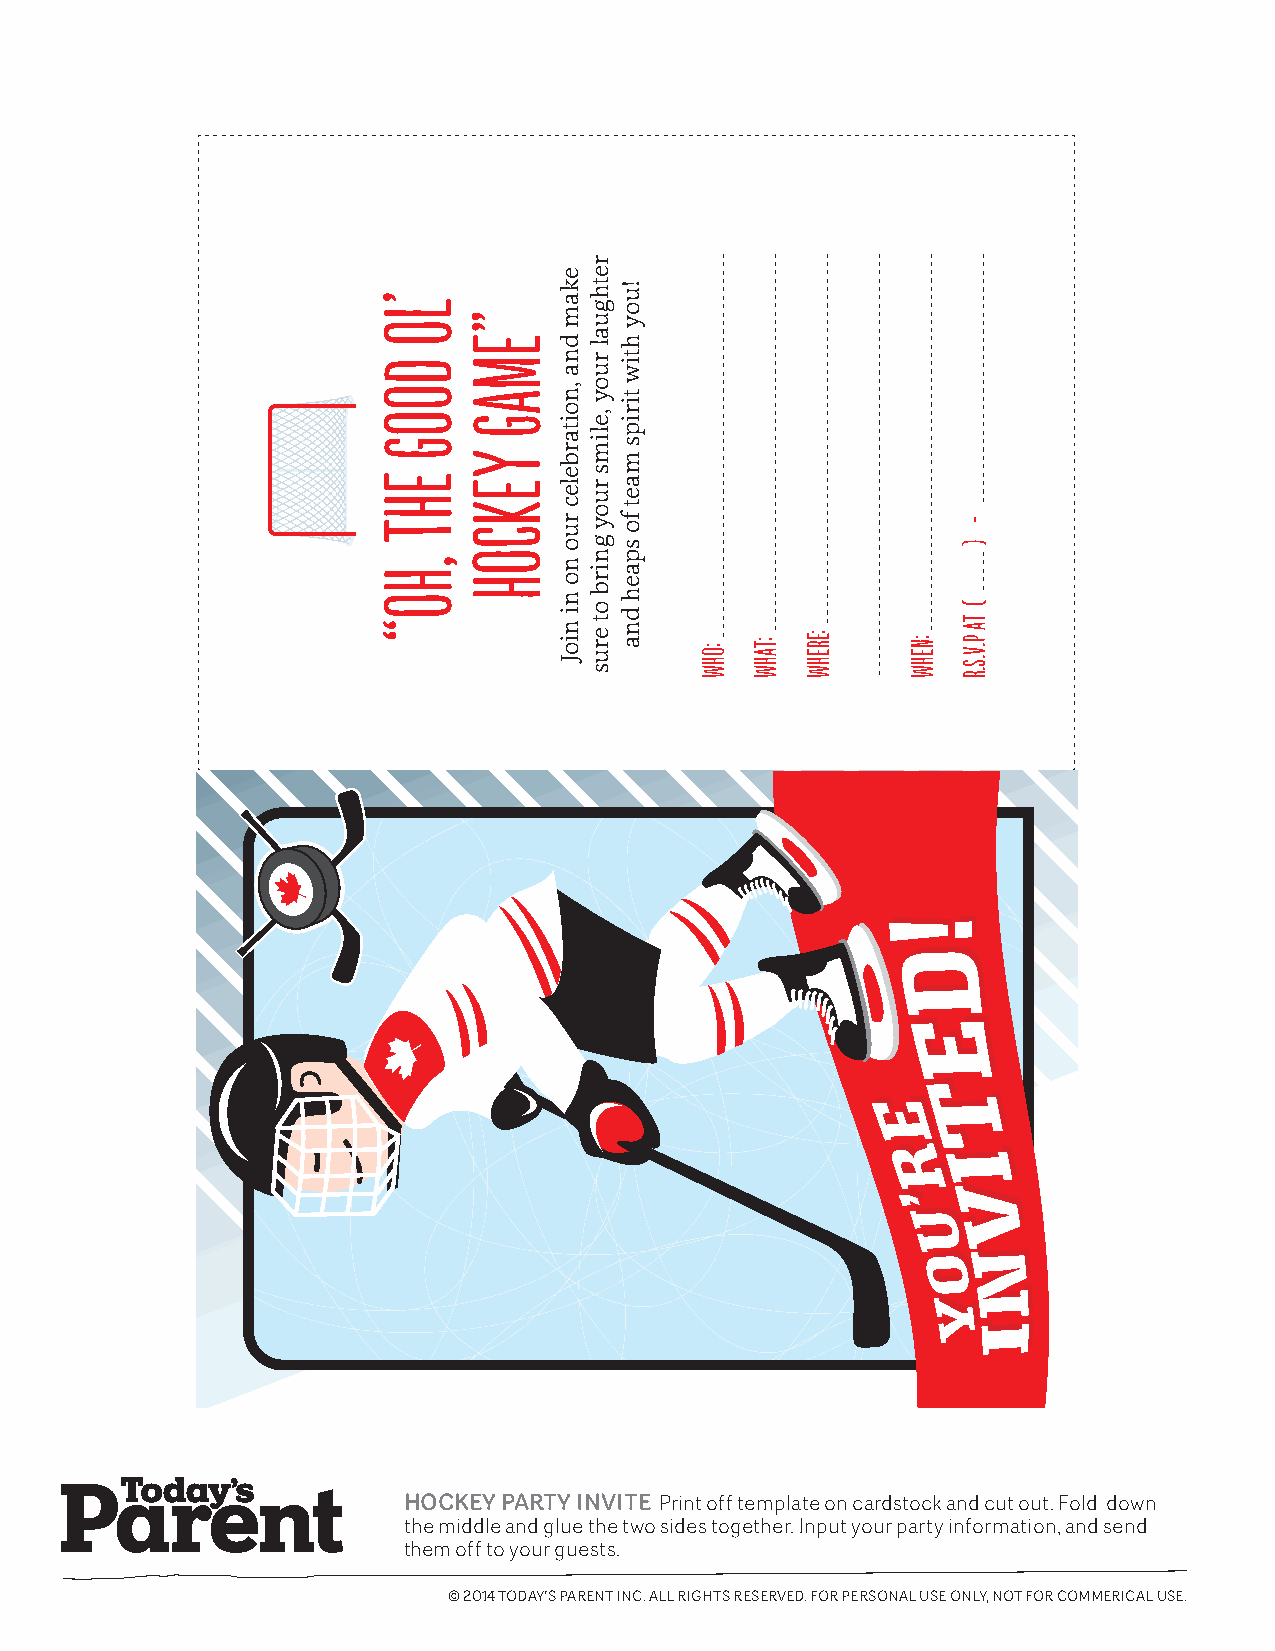
HOCKEY PARTY INVITE Print off template on cardstock and cut out. Fold down
 the middle and glue the two sides together. Input your party information, and send
 them off to your guests.
 © 2014 TODAY’S PARENT INC. ALL RIGHTS RESERVED. FOR PERSONAL USE ONLY, NOT FOR COMMERICAL USE.
 ’LO
 DOOG
 EHT
 ,HO“
 ”EMAG
 YEKCOH
 ekam
 dna
 ,noitarbelec
 ruo
 no
 ni
 nioJ
 rethgual
 ruoy
 ,elims
 ruoy
 gnirb
 ot
 erus
 !uoy
 htiw
 tirips
 maet
 fo
 spaeh
 dna
 :OHW :TAHW :EREHW :NEHW
 -
 )
 (
 TA
 P.V.S.R